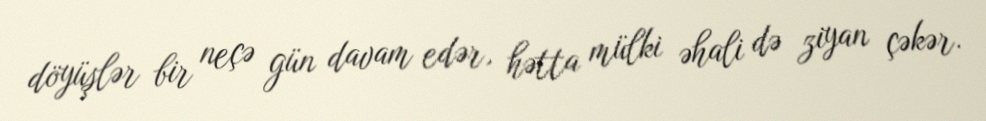
döyüşlər bir neçə gün davam edər, hətta mülki əhali də ziyan çəkər.